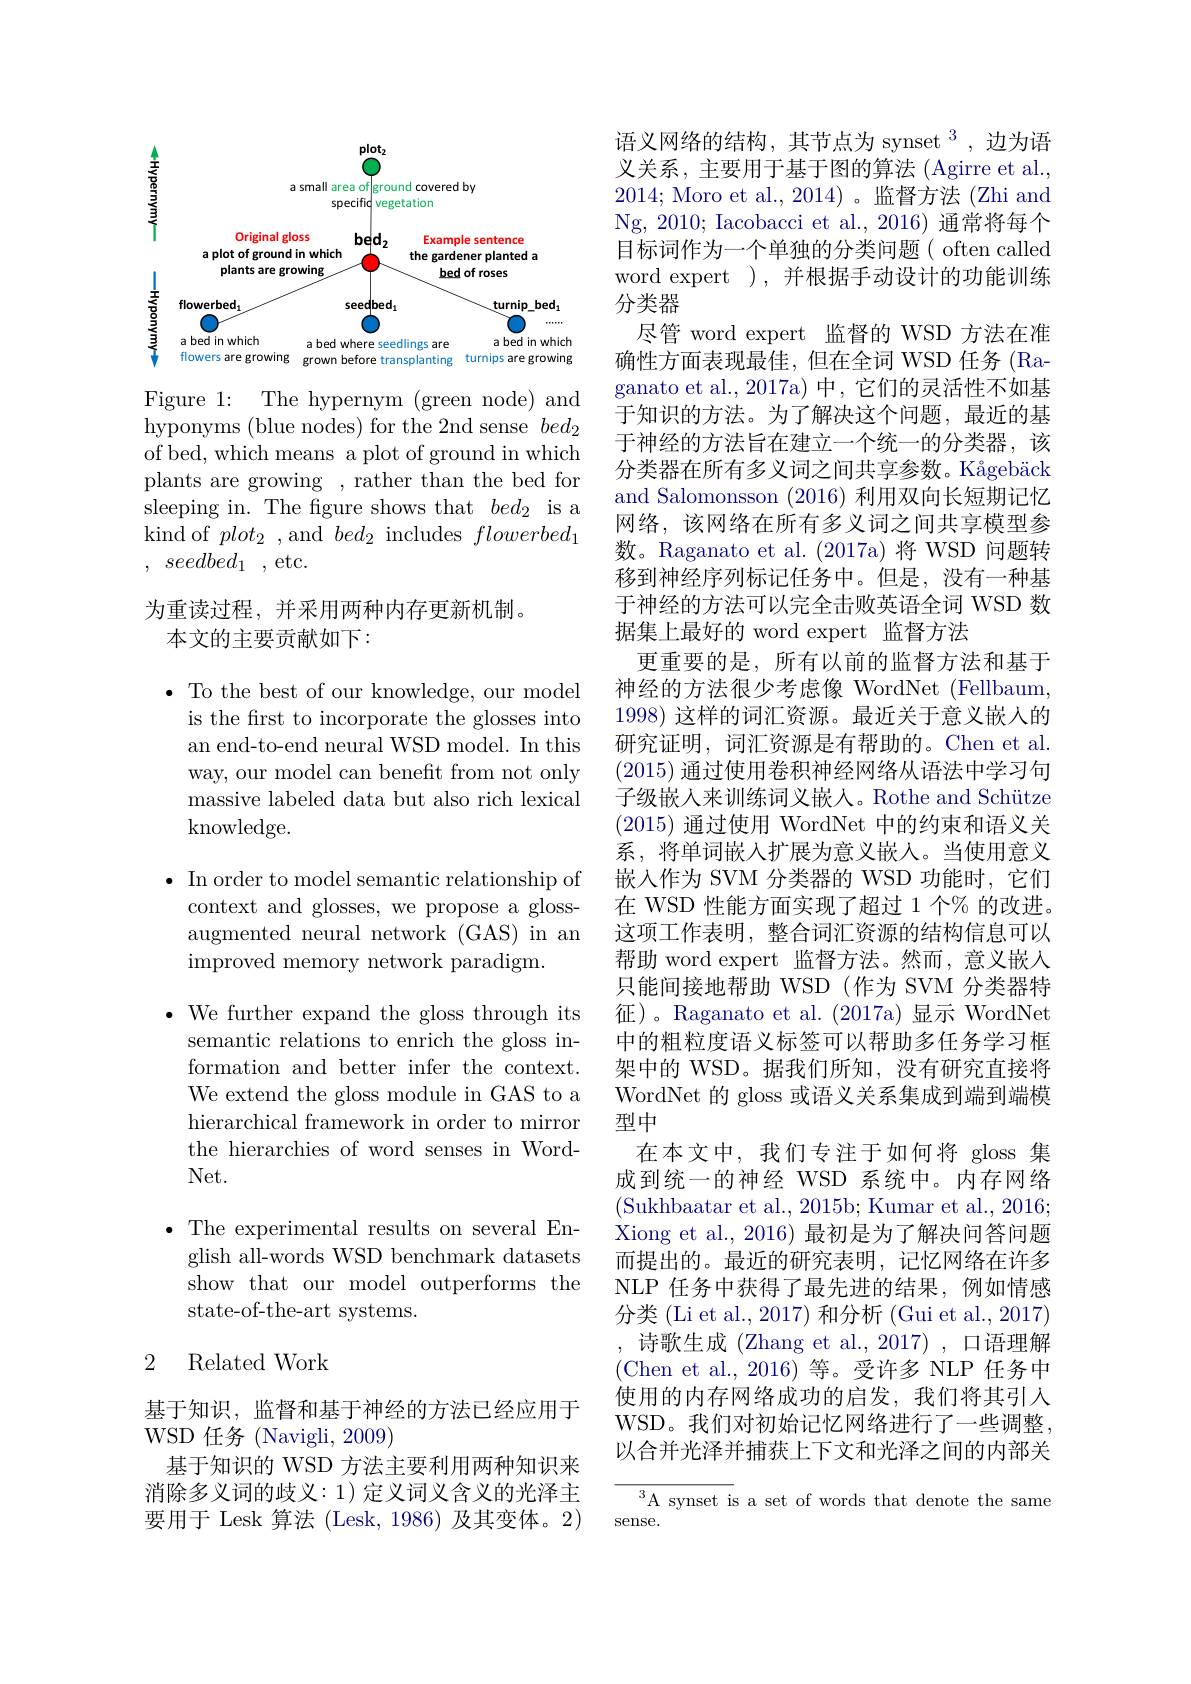
<FigureHere>

Figure 1: The hypernym (green node) and hyponyms (blue nodes) for the 2nd sense $bed_2$ of bed, which means a plot of ground in which plants are growing , rather than the bed for sleeping in. The figure shows that $bed_{2}$ is a kind of $plot_2$ , and $bed_2$ includes $flowerbed_1$ , $seedbed_{1}$ ,etc.
为重读过程，并采用两种内存更新机制。
本文的主要贡献如下：

$\bullet$ To the best of our knowledge, our model is the first to incorporate the glosses into an end-to-end neural WSD model. In this way, our model can benefit from not only massive labeled data but also rich lexical knowledge.

$\bullet$ In order to model semantic relationship of context and glosses, we propose a glossaugmented neural network (GAS) in an improved memory network paradigm.

$\bullet$ We further expand the gloss through its semantic relations to enrich the gloss information and better infer the context. We extend the gloss module in GAS to a hierarchical framework in order to mirror the hierarchies of word senses in WordNet.

$\bullet$ The experimental results on several English all-words WSD benchmark datasets show that our model outperforms the state-of-the-art systems.

### 2 Related Work

基于知识，监督和基于神经的方法已经应用于
WSD 任务(Navigli,2009)
基于知识的 WSD 方法主要利用两种知识来消除多义词的歧义：1)定义词义含义的光泽主要用于 Lesk 算法 (Lesk, 1986) 及其变体。2)

语义网络的结构，其节点为 synset $^{3}$,边为语义关系，主要用于基于图的算法(Agirre et al., 2014; Moro et al.,2014)。监督方法(Zhi and Ng, 2010; Iacobacci et al., 2016) 通常将每个目标词作为一个单独的分类问题( often called word expert ),并根据手动设计的功能训练分类器
尽管 word expert 监督的 WSD 方法在准确性方面表现最佳，但在全词 WSD 任务 (Ra-) ganato et al.,2017a)中，它们的灵活性不如基于知识的方法。为了解决这个问题，最近的基于神经的方法旨在建立一个统一的分类器，该分类器在所有多义词之间共享参数。Kågebäck and Salomonsson (2016)利用双向长短期记忆网络，该网络在所有多义词之间共享模型参数。Raganato et al.(2017a)将 WSD 问题转移到神经序列标记任务中。但是，没有一种基于神经的方法可以完全击败英语全词 WSD 数据集上最好的 word expert 监督方法
更重要的是，所有以前的监督方法和基于神经的方法很少考虑像 WordNet (Fellbaum, 1998) 这样的词汇资源。最近关于意义嵌人的研究证明，词汇资源是有帮助的。Chen et al. (2015)通过使用卷积神经网络从语法中学习句子级嵌人来训练词义嵌人。Rothe and Schütze (2015)通过使用 WordNet 中的约束和语义关系，将单词嵌入扩展为意义嵌入。当使用意义嵌入作为 SVM 分类器的 WSD 功能时，它们在 WSD 性能方面实现了超过 1 个% 的改进。这项工作表明，整合词汇资源的结构信息可以帮助 word expert 监督方法。然而，意义嵌入只能间接地帮助 WSD (作为 SVM 分类器特征)。Raganato et al. (2017a) 显示 WordNet 中的粗粒度语义标签可以帮助多任务学习框架中的 WSD。据我们所知，没有研究直接将WordNet 的 gloss 或语义关系集成到端到端模型中
在本文中，我们专注于如何将 gloss 集成到统一的神经 WSD 系统中。内存网络(Sukhbaatar et al., 2015b; Kumar et al., 2016; Xiong et al., 2016) 最初是为了解决问答问题而提出的。最近的研究表明，记忆网络在许多NLP 任务中获得了最先进的结果，例如情感分类(Li et al., 2017) 和分析(Gui et al., 2017) 诗歌生成 (Zhang et al., 2017) , 口语理解(Chen et al.,2016)等。受许多 NLP 任务中使用的内存网络成功的启发，我们将其引入WSD。我们对初始记忆网络进行了一些调整以合并光泽并捕获上下文和光泽之间的内部关

${\overline{{^3}\text{A synset is}}}$ a set of words that denote the same
sense.